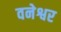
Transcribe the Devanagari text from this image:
वनेश्वर